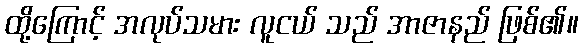
ထို့ကြောင့် အလုပ်သမား လူငယ် သည် အာဇာနည် ဖြစ်၏။